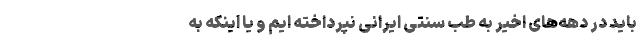
باید در دهه‌های اخیر به طب سنتی ایرانی نپرداخته ایم و یا اینکه به